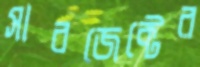
সাবজেক্টের